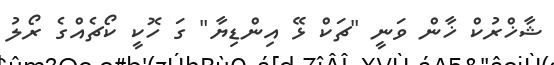
ޝާޚްރުކް ޚާން ވަނީ "ޗަކް ޅޭ އިންޑިޔާ" ގަ ހޮކީ ކޯޗެއްގެ ރޯލު